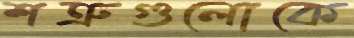
শত্রুগুলোকে